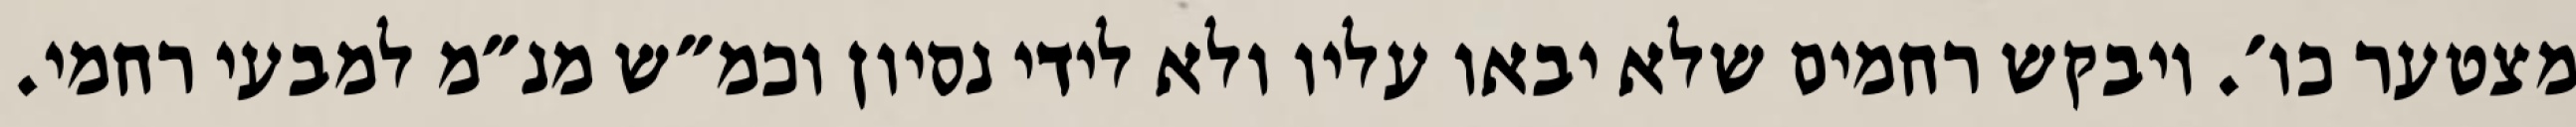
מצטער כו׳. ויבקש רחמים שלא יבאו עליו ולא לידי נסיון וכמ״ש מנ״מ למבעי רחמי.